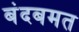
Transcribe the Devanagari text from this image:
बंदबमत